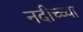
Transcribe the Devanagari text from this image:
नदीच्च्या